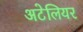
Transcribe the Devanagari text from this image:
अटेलियर